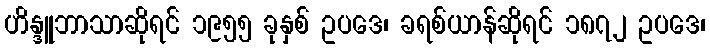
ဟိန္ဒူဘာသာဆိုရင် ၁၉၅၅ ခုနှစ် ဥပဒေ၊ ခရစ်ယာန်ဆိုရင် ၁၈၇၂ ဥပဒေ၊